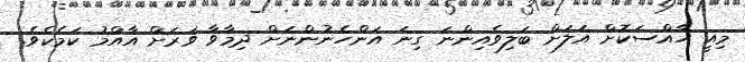
މިއީ ހާއްސަކޮށް އަލަށް ބަލިވެއިންނަ ގިނަ އަންހެނުންނަށް ދިމާވާ ވަރަށް އާއްމު ކަމެކެވެ.